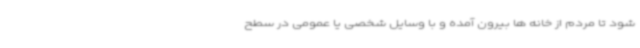
شود تا مردم از خانه ها بیرون آمده و با وسایل شخصی یا عمومی در سطح